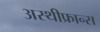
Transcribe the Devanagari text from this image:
अस्थीफ्रान्स